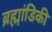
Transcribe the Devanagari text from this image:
ब्रह्मांडिकी